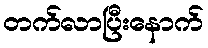
တက်လာပြီးနောက်